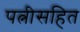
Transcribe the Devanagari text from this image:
पत्नीसहित